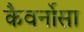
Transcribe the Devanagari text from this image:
कैवर्नोसा